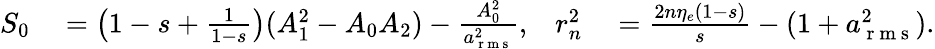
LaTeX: \begin{array}{rlrl}{S_{0}}&{{}=\left(1-s+\frac{1}{1-s}\right)(A_{1}^{2}-A_{0}A_{2})-\frac{A_{0}^{2}}{a_{\mathrm{~r~m~s~}}^{2}},}&{r_{n}^{2}}&{{}=\frac{2n\eta_{e}(1-s)}{s}-(1+a_{\mathrm{~r~m~s~}}^{2}).}\end{array}